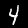
Label: 4